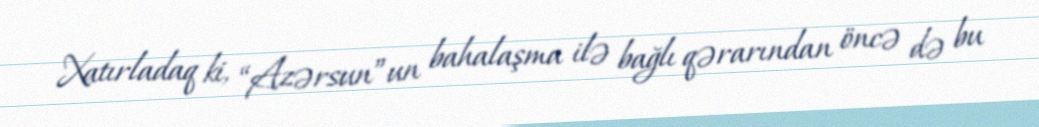
Xatırladaq ki, “Azərsun”un bahalaşma ilə bağlı qərarından öncə də bu